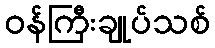
ဝန်ကြီးချုပ်သစ်